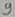
Text: 9